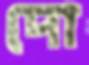
দো